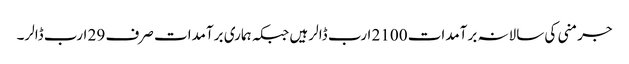
جرمنی کی سالانہ برآمدات 2100 ارب ڈالر ہیں جبکہ ہماری برآمدات صرف 29 ارب ڈالر۔